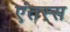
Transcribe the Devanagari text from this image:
एंतस्स